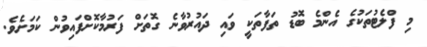
މި ފްލެޓުތަކުގެ އެންމެ ބޮޑު ތަފާތަކީ ވައި ދައުރުވާނެ ގޮތަށް ފަރުމާކޮށްފައިވުން ކަމަށެވެ.